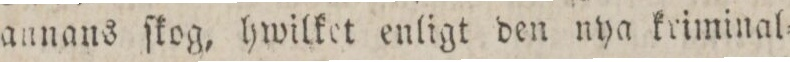
annans ſkog, hwilket enligt den nya kriminal=